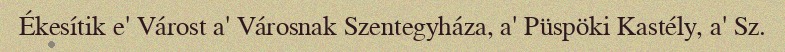
Ékesítik e' Várost a' Városnak Szentegyháza, a' Püspöki Kastély, a' Sz.